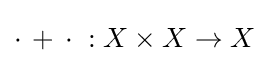
\cdot \,+\,\cdot \;:X\times X\to X